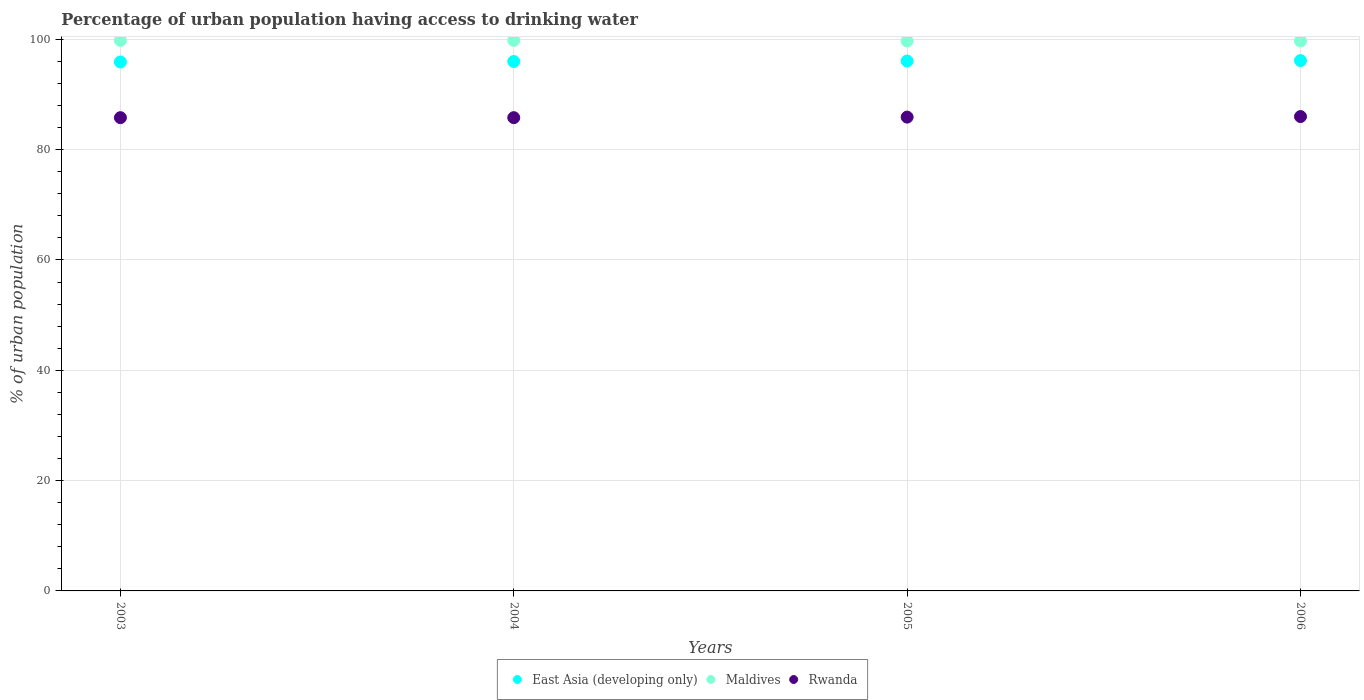
| Years | East Asia (developing only) | Maldives | Rwanda |
 | --- | --- | --- | --- |
 | 2003 | 95.9 | 99.8 | 85.8 |
 | 2004 | 96 | 99.8 | 85.8 |
 | 2005 | 96.1 | 99.7 | 85.9 |
 | 2006 | 96.1 | 99.7 | 86 |